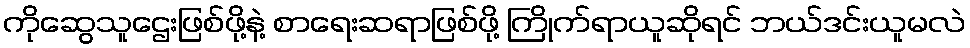
ကိုဆွေသူဌေးဖြစ်ဖို့နဲ့ စာရေးဆရာဖြစ်ဖို့ ကြိုက်ရာယူဆိုရင် ဘယ်ဒင်းယူမလဲ